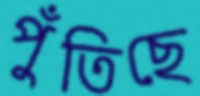
পুঁতিছে